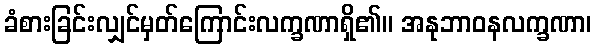
ခံစားခြင်းလျှင်မှတ်ကြောင်းလက္ခဏာရှိ၏။ အနုဘာဝနလက္ခဏာ၊